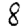
Digit: 8